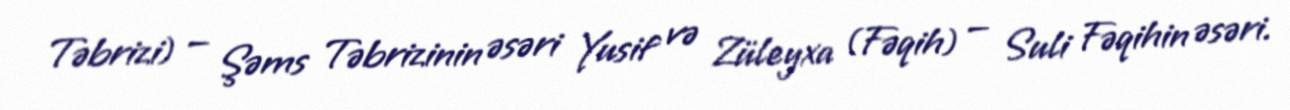
Təbrizi) — Şəms Təbrizinin əsəri Yusif və Züleyxa (Fəqih) — Suli Fəqihin əsəri.